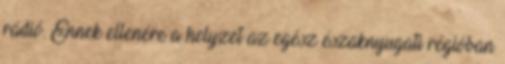
rádió. Ennek ellenére a helyzet az egész északnyugati régióban